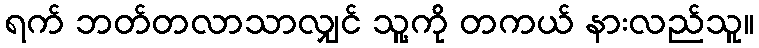
ရက် ဘတ်တလာသာလျှင် သူ့ကို တကယ် နားလည်သူ။